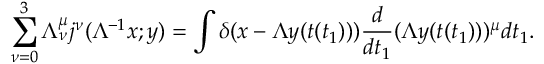
\sum _ { \nu = 0 } ^ { 3 } \Lambda _ { \nu } ^ { \mu } j ^ { \nu } ( \Lambda ^ { - 1 } x ; y ) = \int \delta ( x - \Lambda y ( t ( t _ { 1 } ) ) ) \frac { d } { d t _ { 1 } } ( \Lambda y ( t ( t _ { 1 } ) ) ) ^ { \mu } d t _ { 1 } .